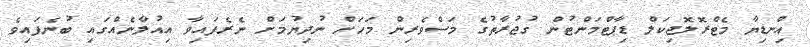
އިންޑިޔާ މެޓްރޮލޮޖިކަލް ޑިޕާޓްމަންޓުން ގުޖުރާތުގެ މަސްވެރިން މަހަށް ނުދިޔުމަށް ނެރެފައިވާ އިއުލާނެއްގައި ބުނެފައިވެ